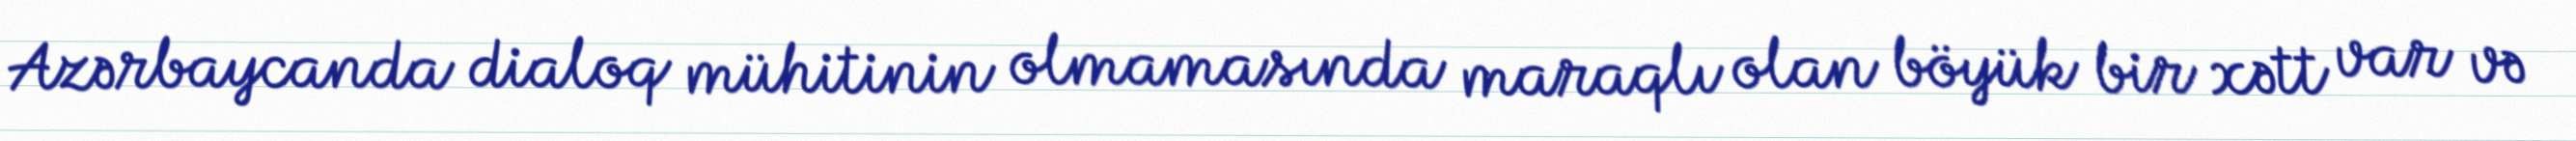
Azərbaycanda dialoq mühitinin olmamasında maraqlı olan böyük bir xətt var və